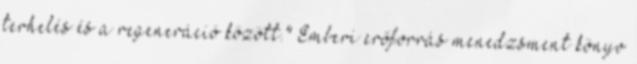
terhelés és a regeneráció között." Emberi erőforrás menedzsment könyv